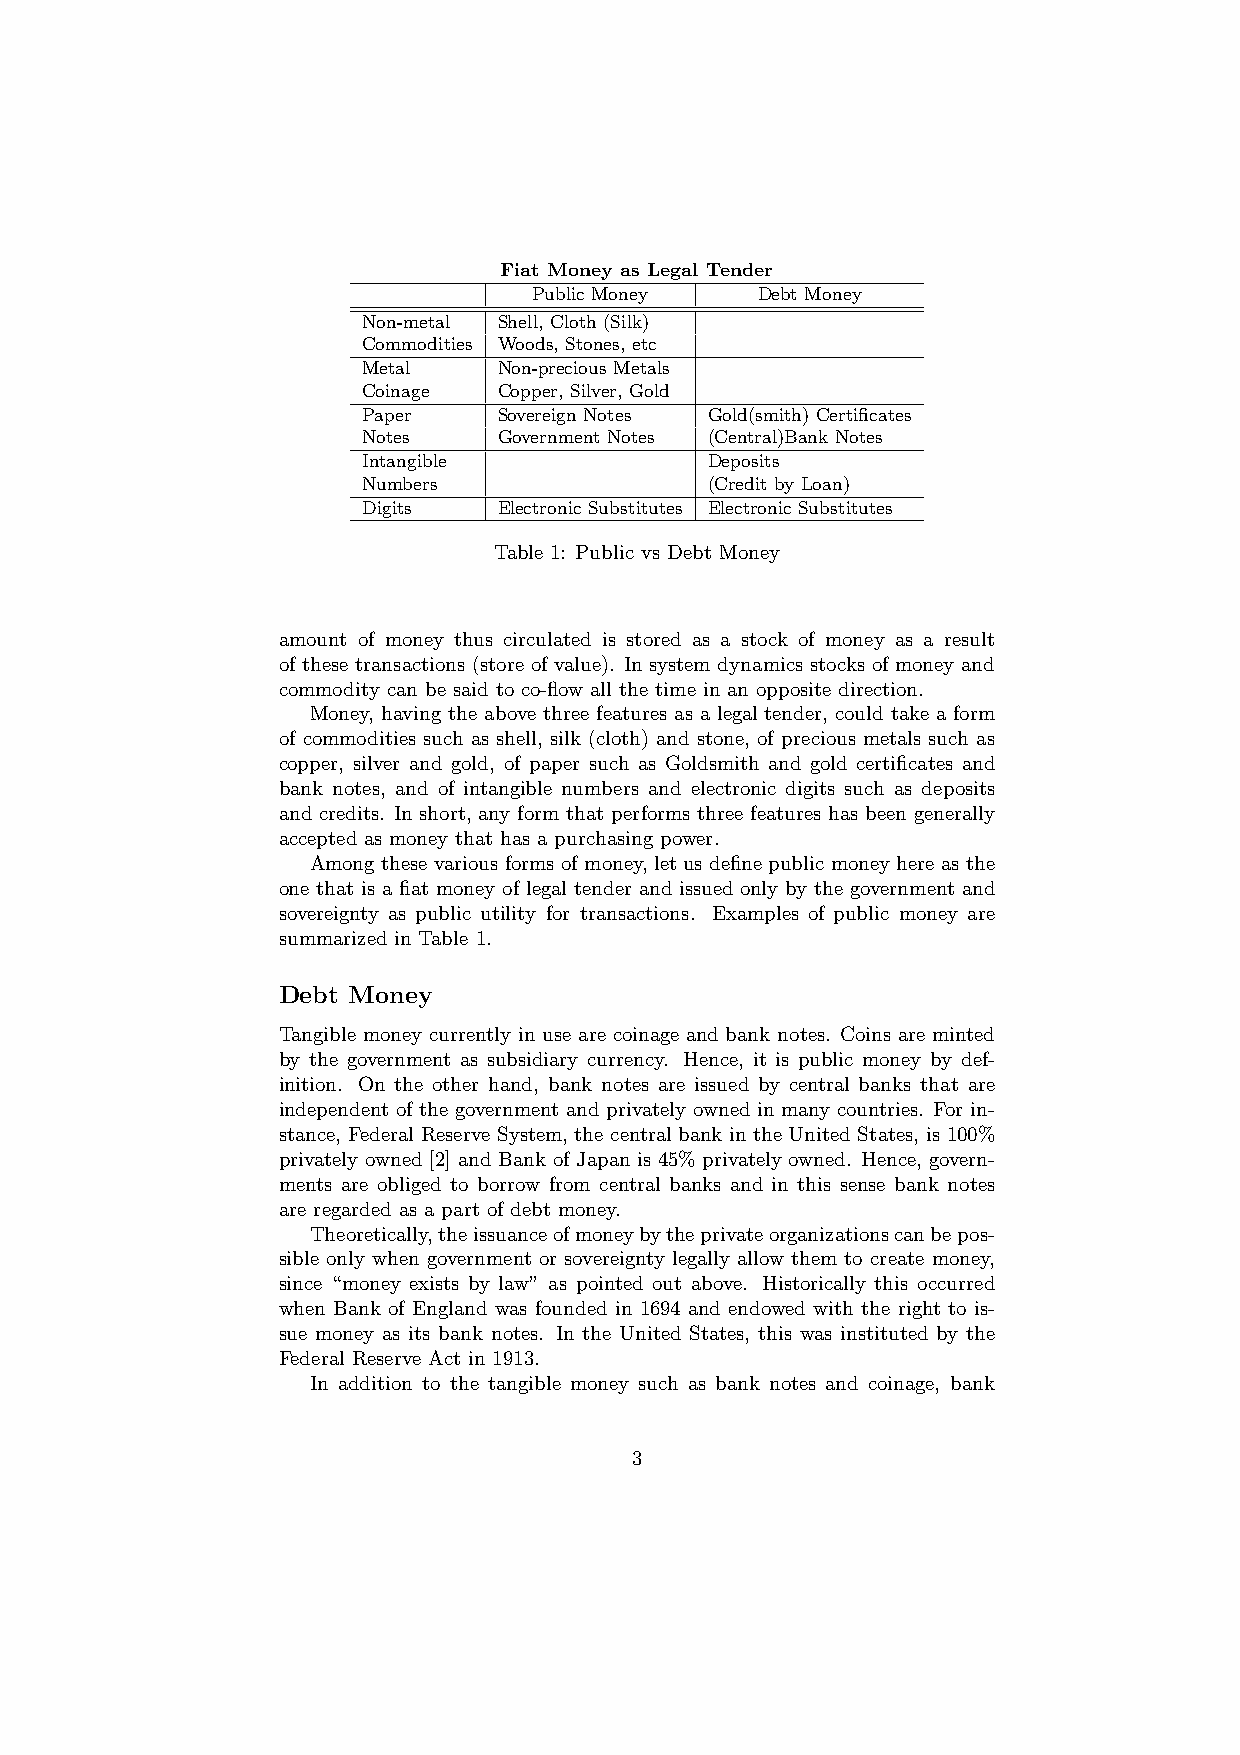
Fiat Money as Legal Tender
 Public Money   Debt Money
 Non-metal Shell, Cloth (Silk)
 Commodities Woods, Stones, etc
 Metal    Non-precious Metals
 Coinage  Copper, Silver, Gold
 Paper    Sovereign Notes Gold(smith) Certificates
 Notes    Government Notes (Central)Bank Notes
 Intangible             Deposits
 Numbers                (Credit by Loan)
 Digits   Electronic Substitutes Electronic Substitutes
 Table 1: Public vs Debt Money
 amount of money thus circulated is stored as a stock of money as a result
 of these transactions (store of value). In system dynamics stocks of money and
 commodity can be said to co-flow all the time in an opposite direction.
 Money, having the above three features as a legal tender, could take a form
 of commodities such as shell, silk (cloth) and stone, of precious metals such as
 copper, silver and gold, of paper such as Goldsmith and gold certificates and
 bank notes, and of intangible numbers and electronic digits such as deposits
 and credits. In short, any form that performs three features has been generally
 accepted as money that has a purchasing power.
 Among these various forms of money, let us define public money here as the
 one that is a fiat money of legal tender and issued only by the government and
 sovereignty as public utility for transactions. Examples of public money are
 summarized in Table 1.
 Debt Money
 Tangible money currently in use are coinage and bank notes. Coins are minted
 by the government as subsidiary currency. Hence, it is public money by def-
 inition. On the other hand, bank notes are issued by central banks that are
 independent of the government and privately owned in many countries. For in-
 stance, Federal Reserve System, the central bank in the United States, is 100%
 privately owned [2] and Bank of Japan is 45% privately owned. Hence, govern-
 ments are obliged to borrow from central banks and in this sense bank notes
 are regarded as a part of debt money.
 Theoretically,theissuanceofmoneybytheprivateorganizationscanbepos-
 sible only when government or sovereignty legally allow them to create money,
 since “money exists by law” as pointed out above. Historically this occurred
 when Bank of England was founded in 1694 and endowed with the right to is-
 sue money as its bank notes. In the United States, this was instituted by the
 Federal Reserve Act in 1913.
 In addition to the tangible money such as bank notes and coinage, bank
 3